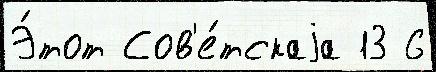
Э́тот Сов'е́тскаjа 13 6